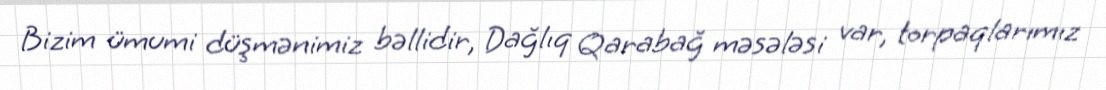
Bizim ümumi düşmənimiz bəllidir, Dağlıq Qarabağ məsələsi var, torpaqlarımız